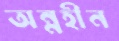
অন্নহীন